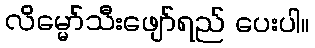
လိမ္မော်သီးဖျော်ရည် ပေးပါ။